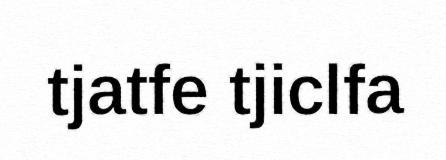
tjatfe tjiclfa